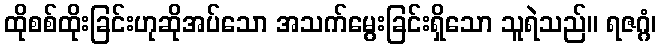
ထိုစစ်ထိုးခြင်းဟုဆိုအပ်သော အသက်မွေးခြင်းရှိသော သူရဲသည်။ ရဇဂ္ဂံ၊